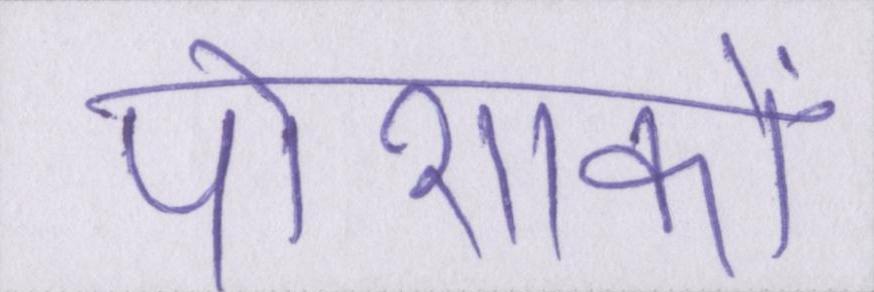
पोशाकों